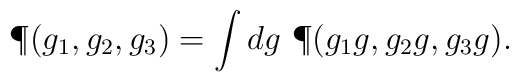
\P(g_1,g_2,g_3) = \int dg\ \P(g_1g,g_2g,g_3g).